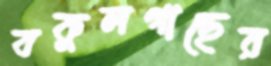
বকুলগাছের